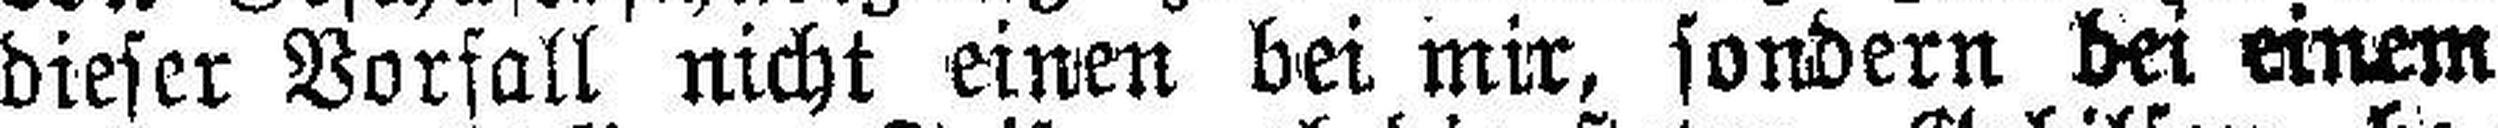
dieser Vorfall nicht einen bei mir, sondern bei einem